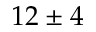
1 2 \pm 4